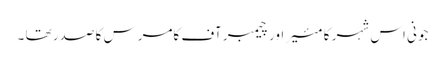
جونی اس شہر کا مئیر اور چیمبر آف کامرس کا صدر تھا ۔